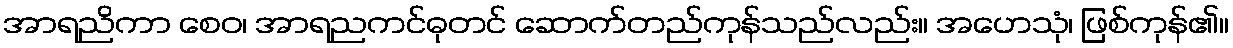
အာရညိကာ စေဝ၊ အာရညကင်ဓုတင် ဆောက်တည်ကုန်သည်လည်း။ အဟေသုံ၊ ဖြစ်ကုန်၏။